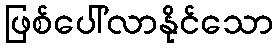
ဖြစ်ပေါ်လာနိုင်သော